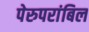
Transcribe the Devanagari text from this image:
पेरुपरांबिल